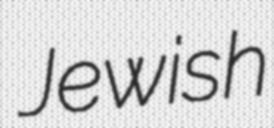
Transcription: Jewish